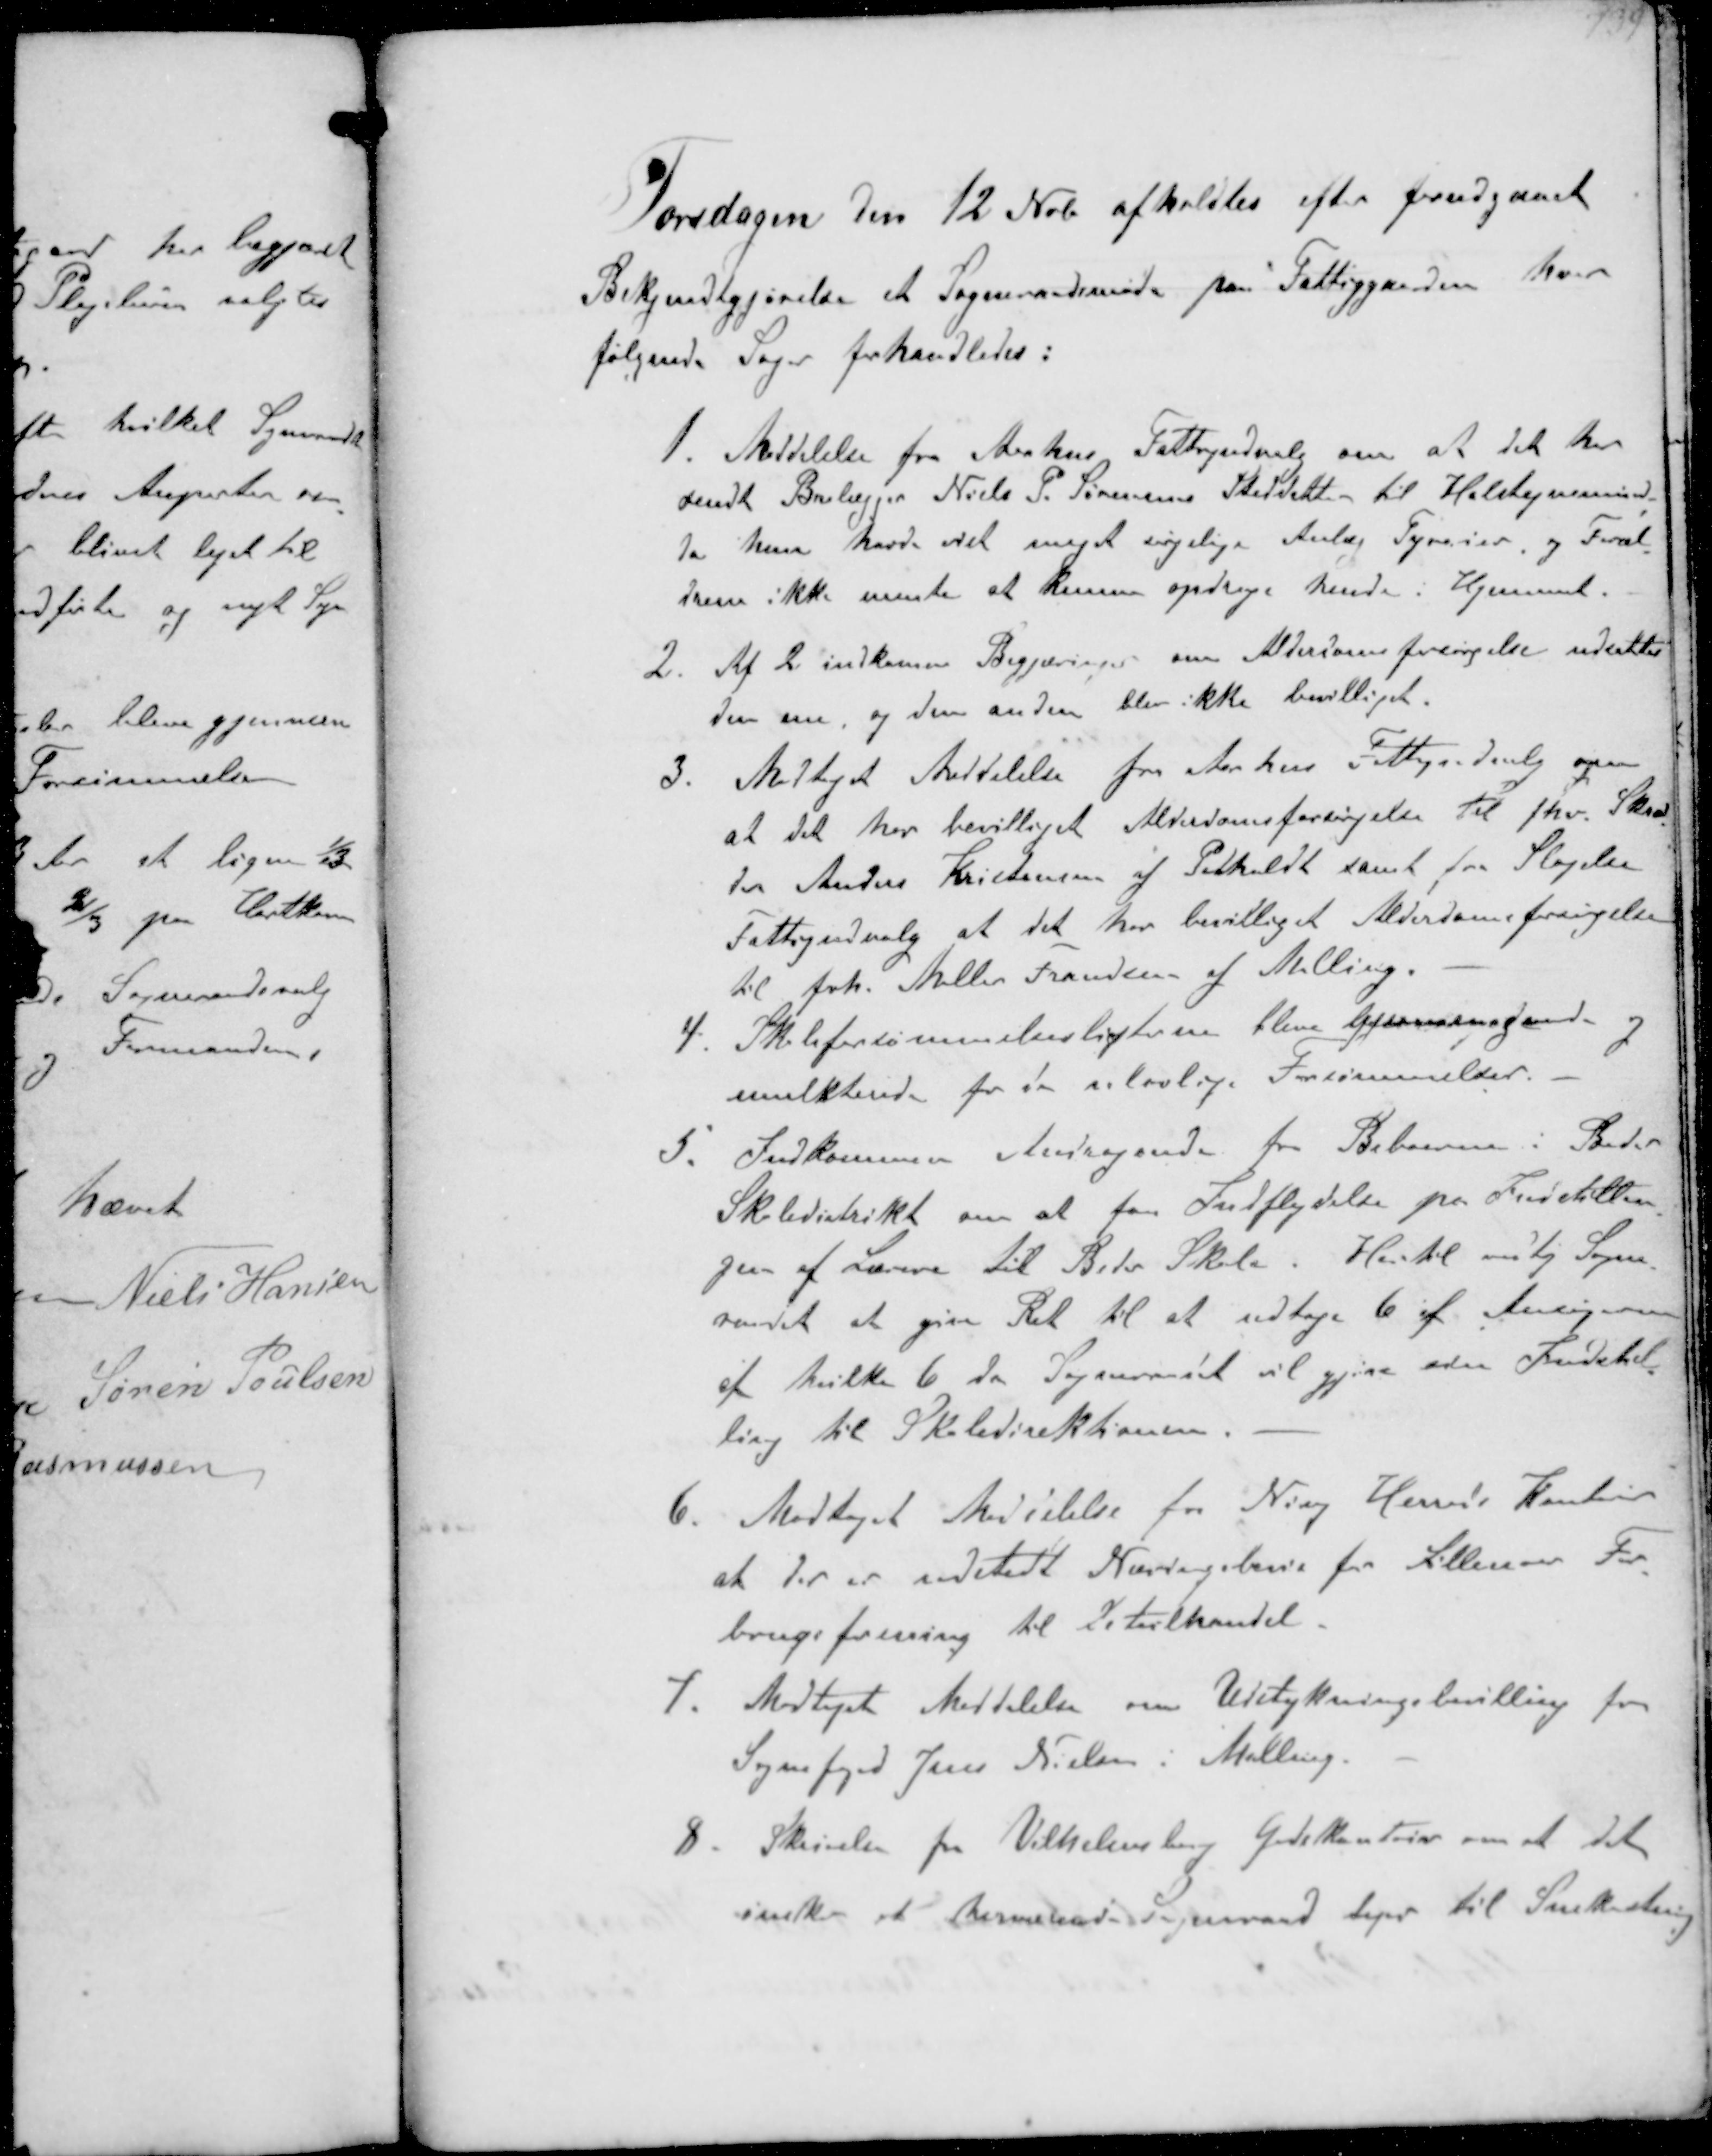
Transskription:
Torsdagen den 12 Nvb afholdtes efter forudgaaet
Bekjendtgjørelse et Sogneraadsmøde paa Fattiggaaden hvor
følgende Sager forhandledes:

1. Meddelelse fra Aaahus Fattigudvalg om at det har
sendt Brolægger Niels P. Sørensens Steddatter til Holstejnsminde
da kun havde ret meget søgelige Anlæg Tyverier og Foræl-
drene ikke mente at kunne opdrage hende i Hjemmet.
2. Af 2 indkomne Begjæringer om Aldersomsforsørgelse udsattes
den ene og den anden blev ikke bevilliget.
3. Modtaget Meddelelse fra Aarhus Fattigudvalg om
at det her bevilliget Alderdomsforsørgelse til fhv. Skræd-
der Anders Kristiansen af Pedholdt samt fra Slagelse
Fattigudvalg at det her bevilliget Alderdomsforsørgelse
til frk. Møller Frandsen af Malling.
4. Skoleffortømmelseslisterne bleve gjennemgaaede og
mulkterede for de ulovlige Forsømmelser.
5. Indkommen Andragende fra Beboerne i Beder
Skoledistrikt om at faa Indflydelse på Indstillin-
gen af Lærere til Beder Skole. Hertil vedtog Sogne-
raadet at give Ret til at udtage 6 af Ansøgerne
at hvilke 6 da Sogneraadet vil gjøre sin Indstil-
ling til Skoledirektionen.
6. Modtaget Meddelelse for Ning Herreds Kontor
at der er udstedt Næringsbevis for Lillenor For-
brugsforening til Detailhandel
7. Modtaget Meddelelse om Udstykningsbevilling for
Sognefoged Jens Nielsen i Malling.
8. Skrivelse fra Vilhelmsborg Godskontor om at det
ønsker et herværende Sogneraad tager til Snekastning